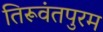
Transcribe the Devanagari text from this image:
तिरूवंतपुरम